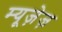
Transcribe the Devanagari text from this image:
म्यूज़ेज़